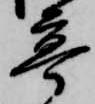
亭